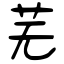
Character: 芜